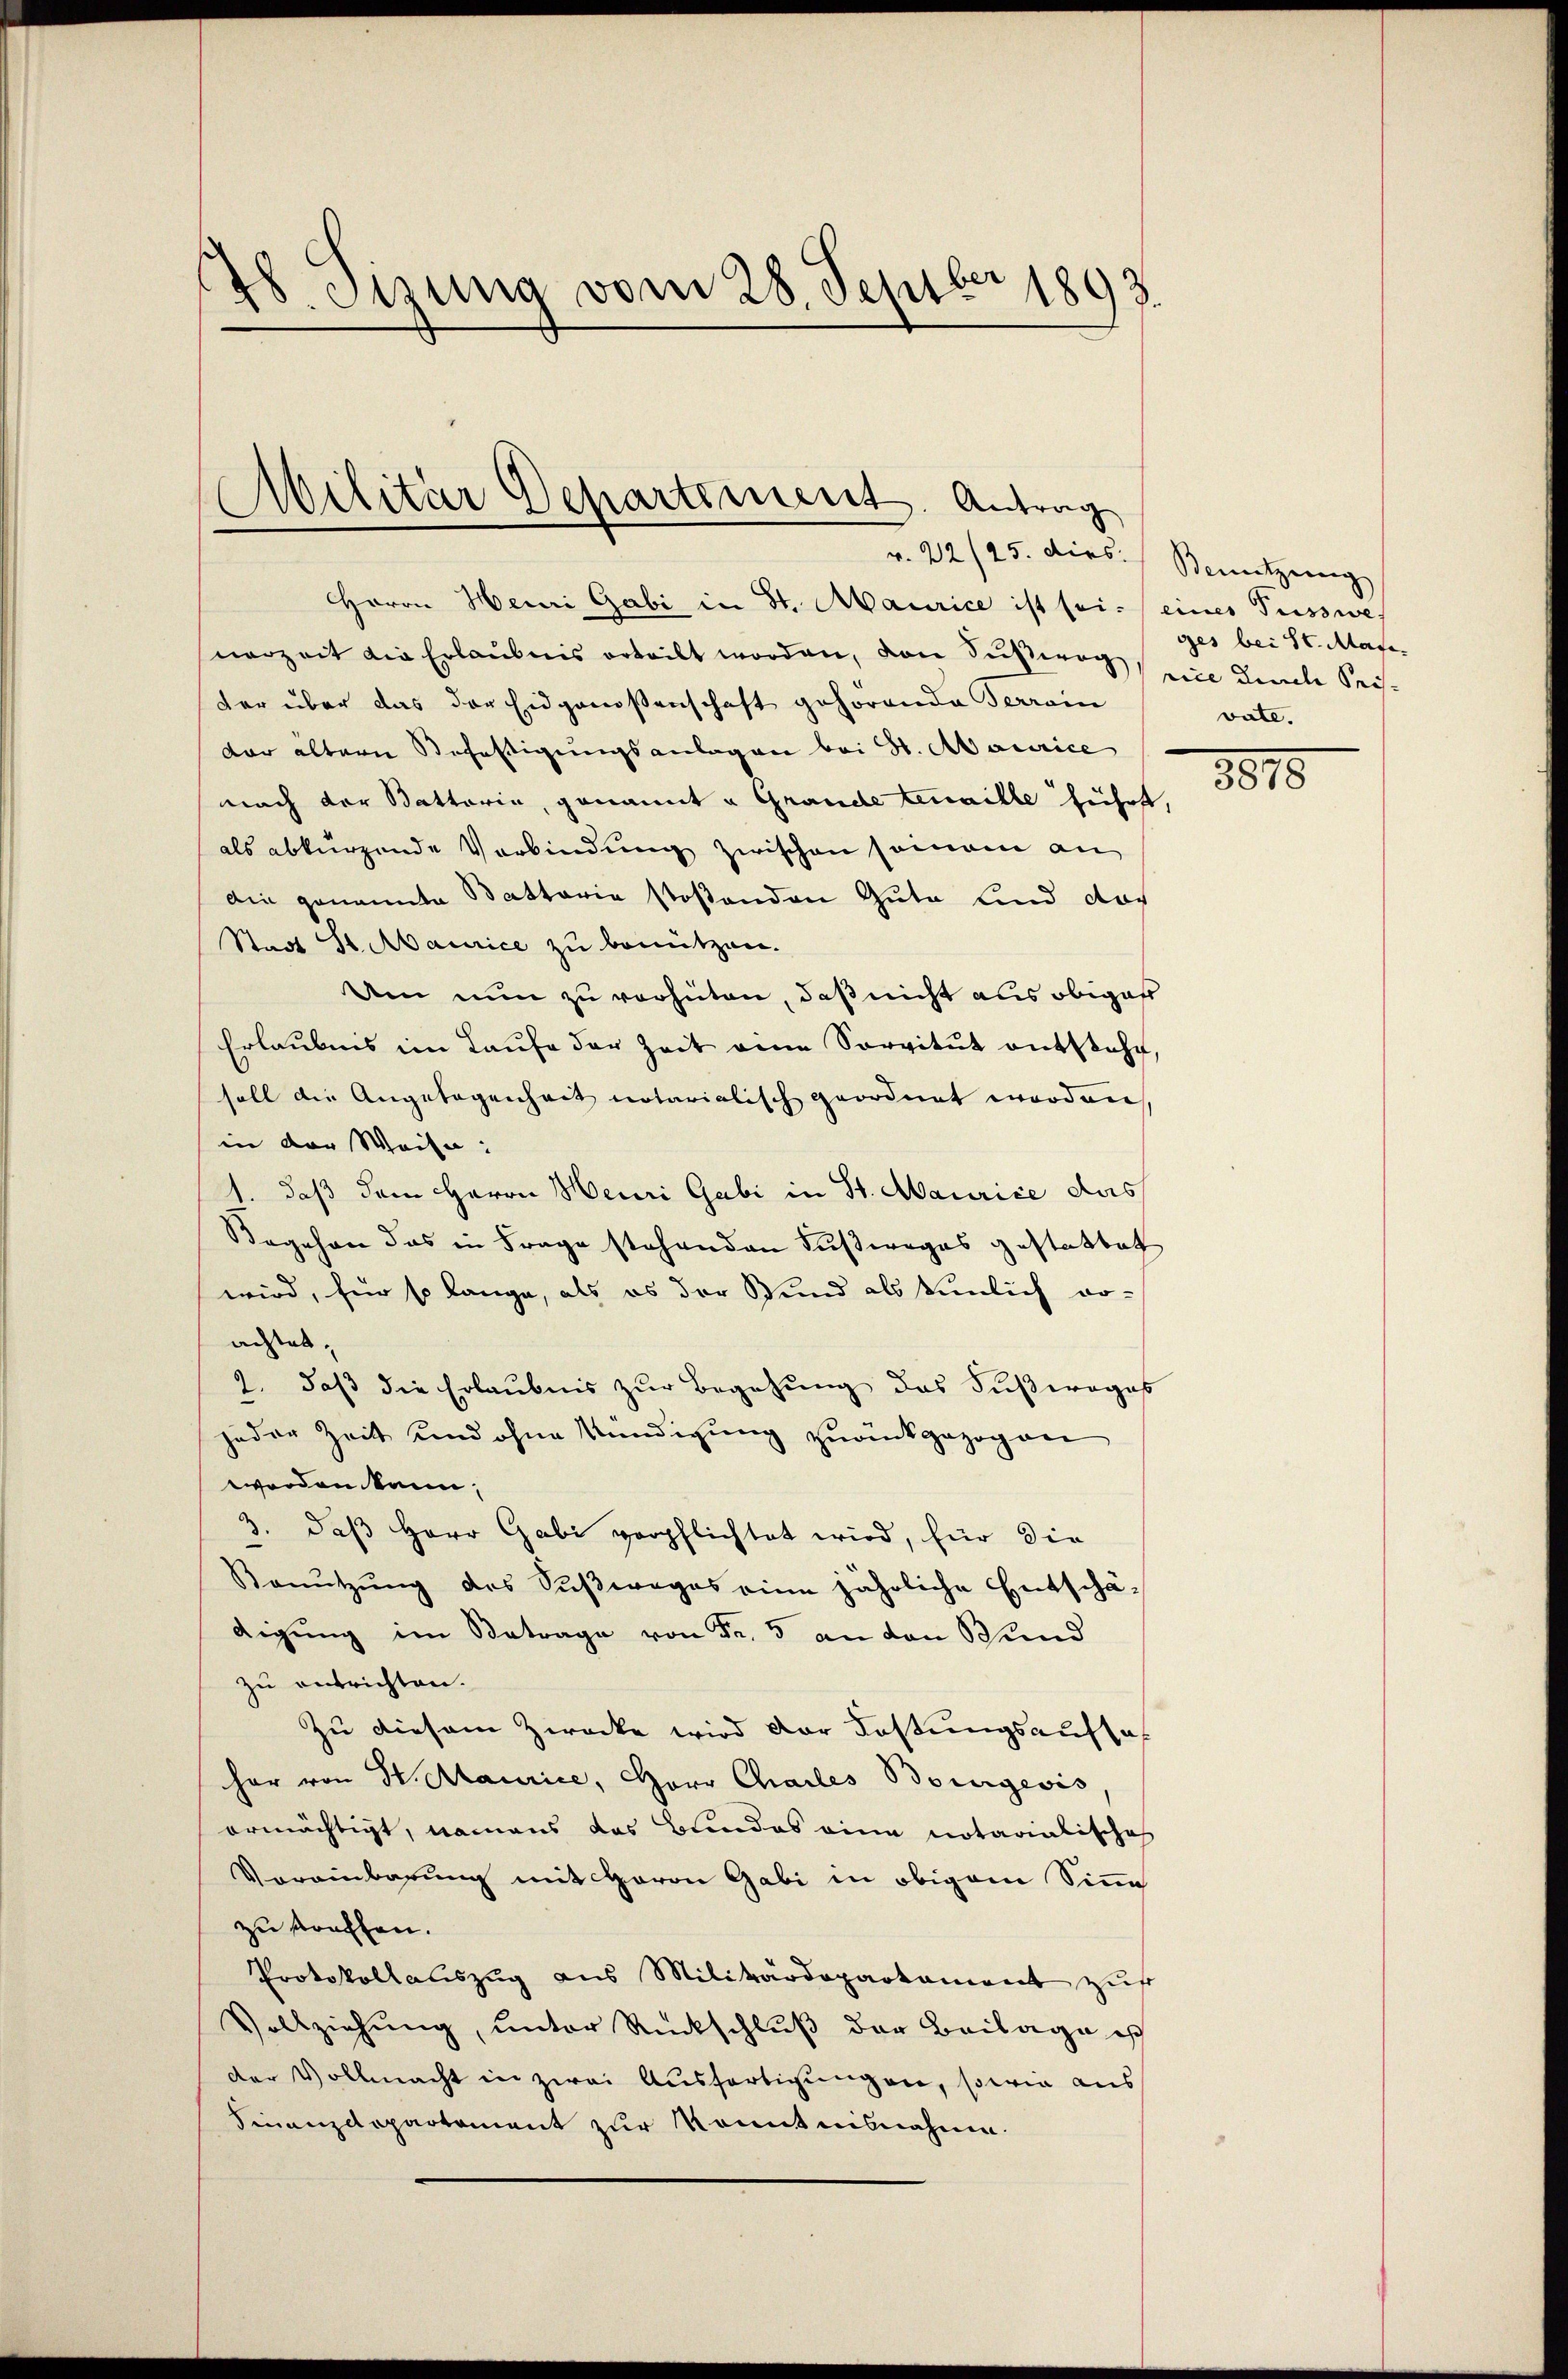
148. Sisung vom 28. Septber 1893.

Militär Departement. Antrag
v. 22/25. dies Benutzeng

Herrn Heuri Gabi in St. Maurice ist sei. / eines Fusswes
nerzeit die Erlaubnis erteilt worden, von Fußweg eine Kirche Seisder über das der Eidgenoßenschaft gehörende Terrain
dar ältern Befestigungsanlagen bei St. Abaurice
nach der Battaria, genannt u. Grande tenaille führt,
als abkürzende Verbindung zwischen seinem an
die genannte Battaria stoßenden Gute Kind das
Stadt St. Maurice zu benützen.
Den nun zu verhüten, daß nicht aus obiger
Erlaubnis im Laufe der Zeit eine Servitut entstehe,
soll die Angelegenheit notarialisch geordnet worden
in der Weise:
d
1. daß dem Herrn Meuri Gabi in St. Maurice das
Begehen das in Frage stehenden Fußweges gestattet
wird, für so lange, als es der Bund als tümlich vo-
achtet:
2. daβ die Erlaubnis zŭr Begehung das Fußweges
jeder Zeit und ohne Kündigung zurückgezogen
worden kann,
3. daß Herr Gabi verpflichtet wird, für die
Benŭtzŭng des Süβwages eine jährliche Entschädigung im Betrage von Fr. 3 an den Bund
zu entrichten.
Zu diesem Zwecke wird der Festungsaufsat
har von W. Maurice, Herr Chailes Bourgeris
ermächtigt, namens das Bundes eine notarialische
Vereinbarung mit Herrn Gabi in obigem Sinne
zu straffen.
Protokollauszug aus Militärdepartament zus
Vollziehung, unter Rückschluß der Beilage ist
der Vollmacht in zwei Ausfertigungen, sowie aus
Finanzdepartement zur Kenntnisnahme.

ges bei St. Magivate.

3815